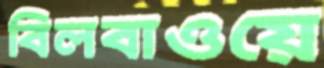
বিলবাওয়ে